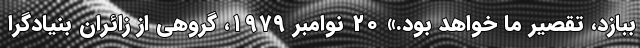
ببازد، تقصیر ما خواهد بود.» ۲۰ نوامبر ۱۹۷۹، گروهی از زائران بنیادگرا